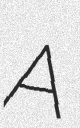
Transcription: A